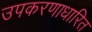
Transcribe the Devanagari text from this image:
उपकरणाधारित